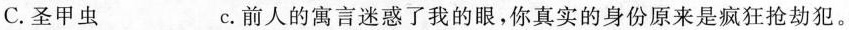
C.圣甲虫 C.前人的寓言迷惑了我的眼，你真实的身份原来是疯狂抢劫犯。